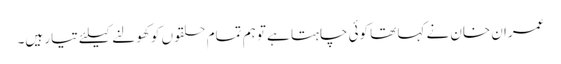
عمران خان نے کہا تھا کوئی چاہتا ہے تو ہم تمام حلقوں کو کھولنے کیلئے تیار ہیں۔